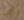
تأكيد